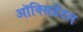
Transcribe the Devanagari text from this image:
ऑक्‍सिडेंटल